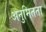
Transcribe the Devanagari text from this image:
अनुमितता